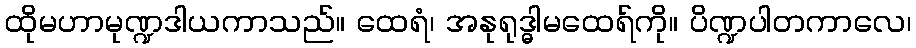
ထိုမဟာမုဏ္ဍဒါယကာသည်။ ထေရံ၊ အနုရုဒ္ဓါမထေရ်ကို။ ပိဏ္ဍပါတကာလေ၊